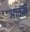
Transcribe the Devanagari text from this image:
आंठवाँ